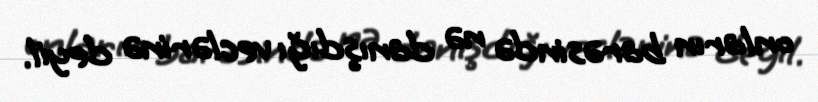
onların barəsində nə danışdığı veclərinə deyil.